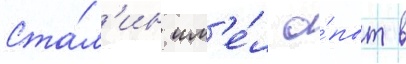
Ста́л'ин им'е́л о́пыт в